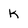
Character: K